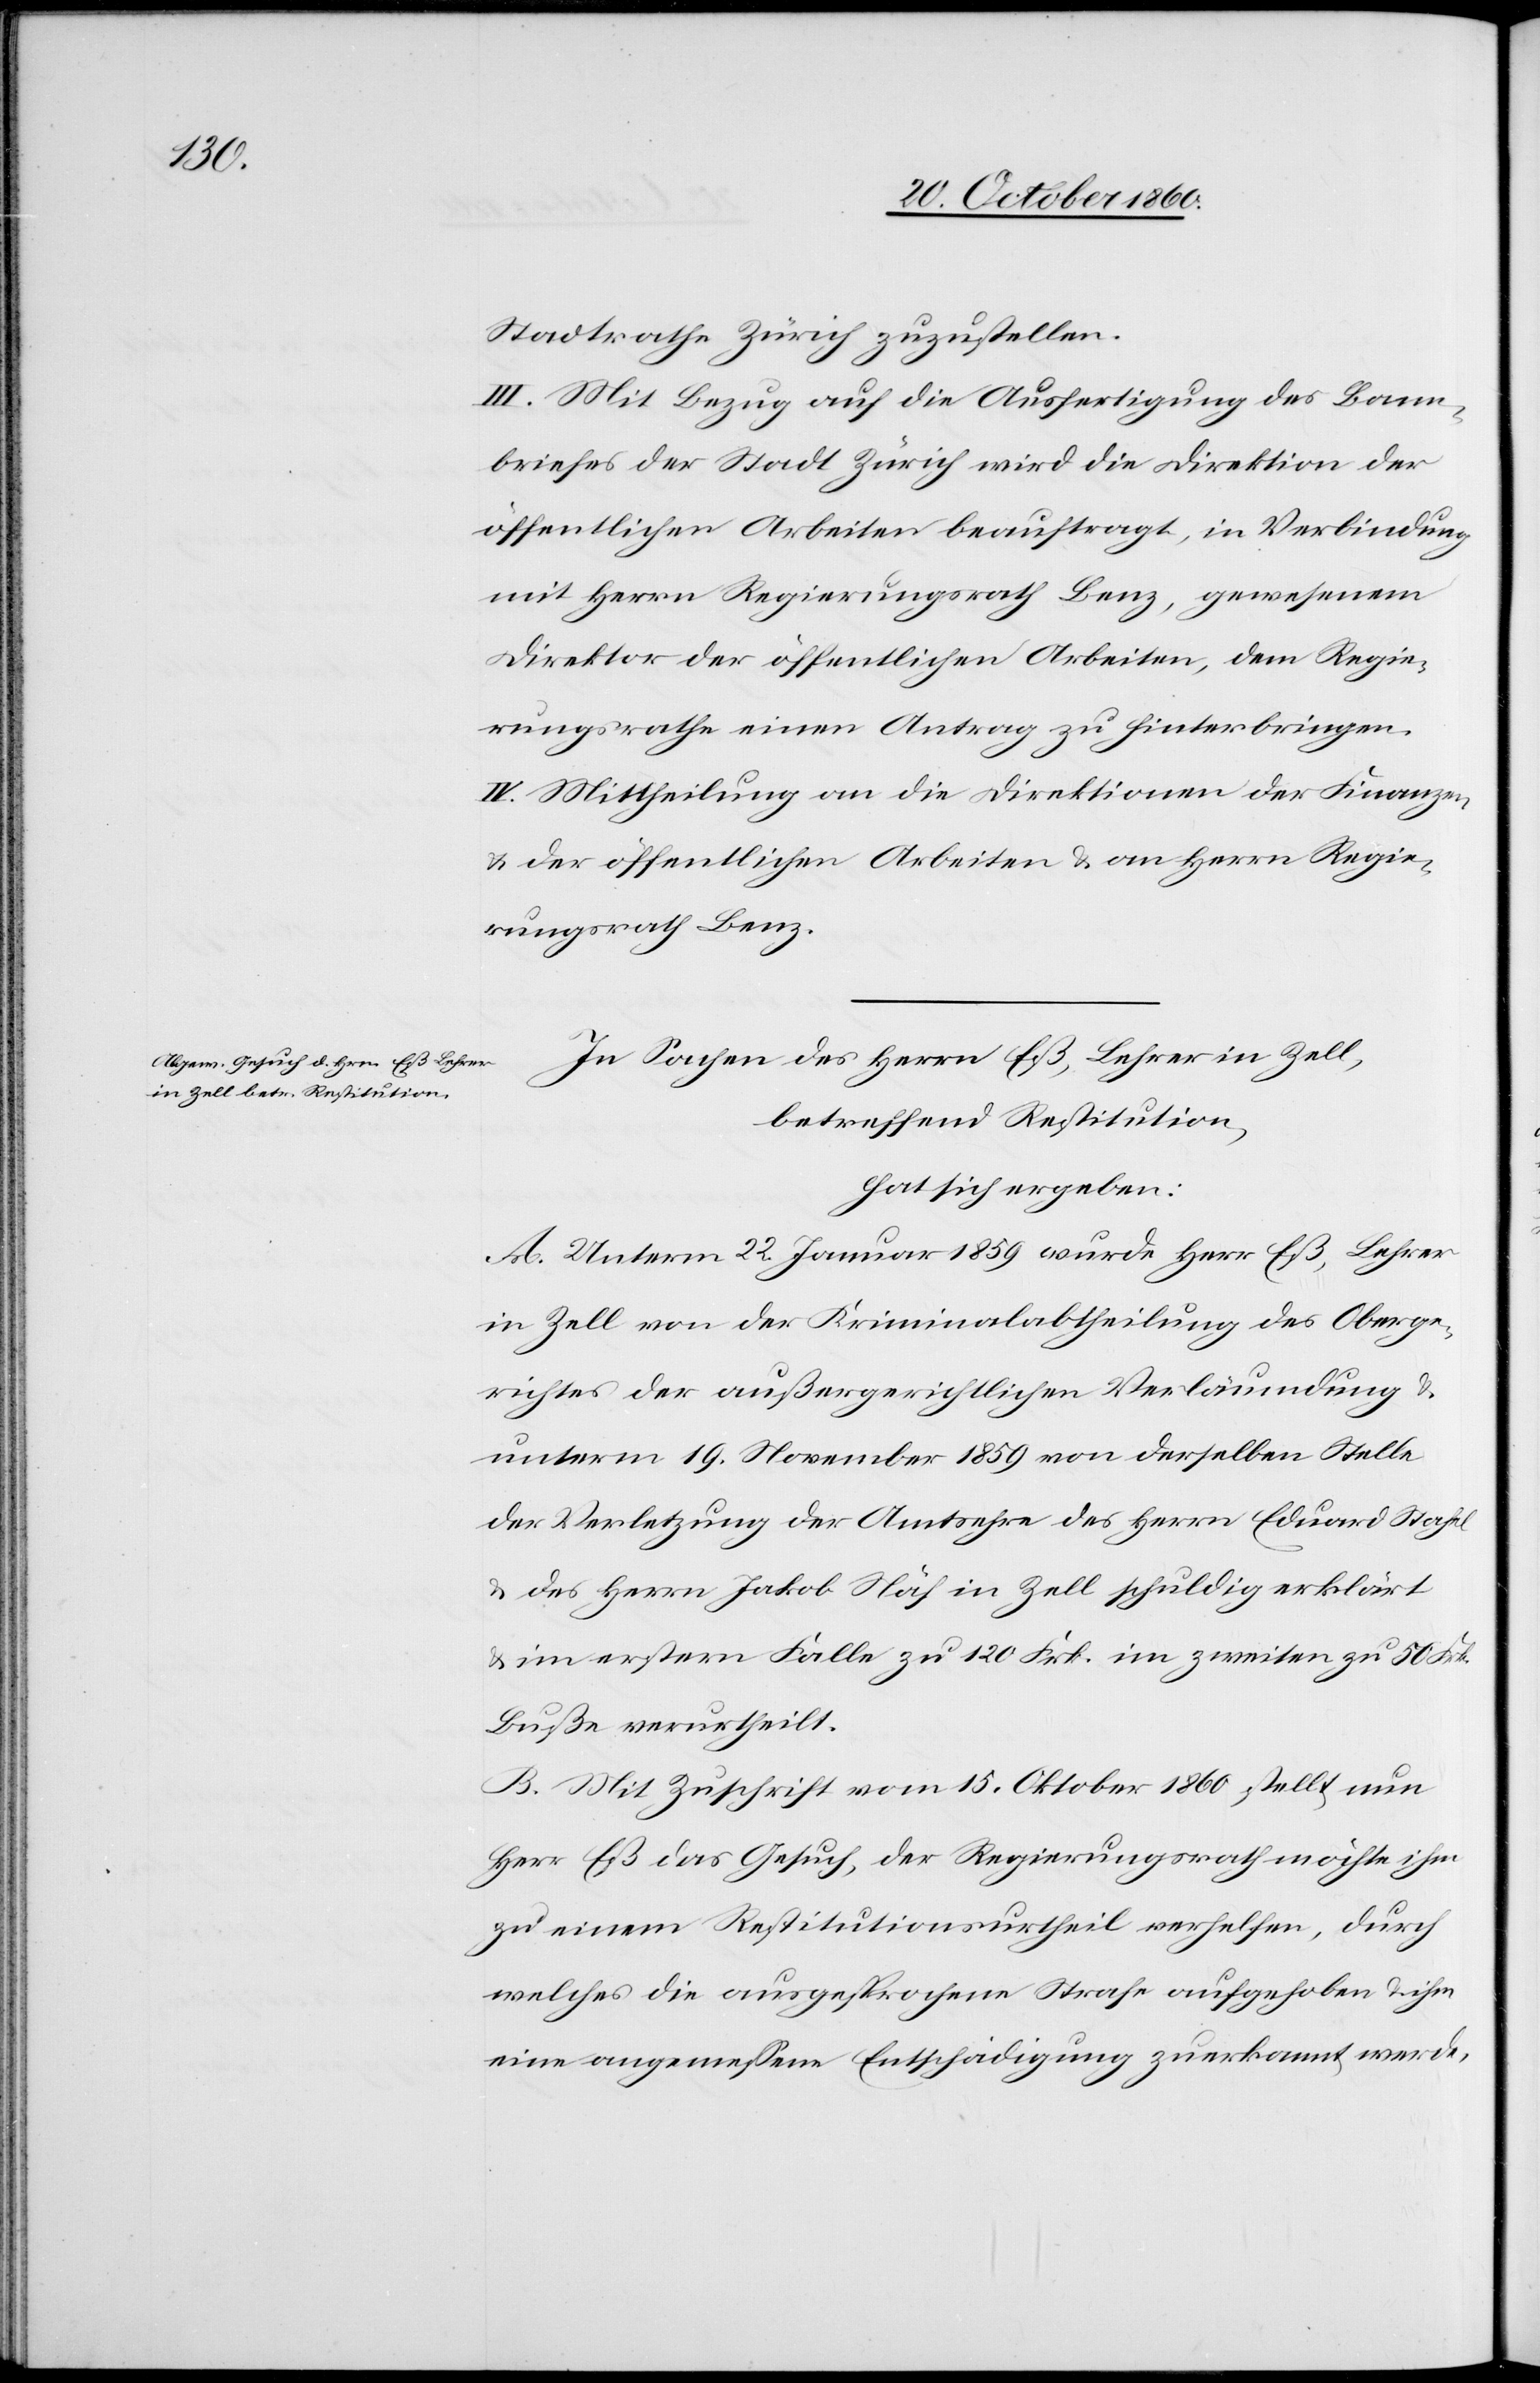
Stadtrathe Zürich zuzustellen.
III. Mit Bezug auf die Ausfertigung des Bann¬
briefes der Stadt Zürich wird die Direktion der
öffentlichen Arbeiten beauftragt, in Verbindung
mit Herrn Regierungsrath Benz, gewesenem
Direktor der öffentlichen Arbeiten, dem Regie¬
rungsrathe einen Antrag zu hinterbringen.
IV. Mittheilung an die Direktion der Finanzen,
u. der öffentlichen Arbeiten u. an Herrn Regie¬
rungsrath Benz.
In Sachen des Herrn Eß, Lehrer in Zell,
betreffend Restitution,
hat sich ergeben:
A. Unterm 22. Januar 1859 wurde Herr Eß, Lehrer
in Zell von der Kriminalabtheilung des Oberge¬
richtes der außergerichtlichen Verläumdung u.
unterm 19. November 1859 von derselben Stelle
der Verletzung der Amtsehre des Herrn Eduard Stahel
u. des Herrn Jakob Näf in Zell schuldig erklärt
u. im erstern Falle zu 120 Frk. im zweiten zu 50 Frk.
Buße verurtheilt.
B. Mit Zuschrift vom 15. Oktober 1860 stellt nun
Herr Eß das Gesuch, der Regierungsrath möchte ihm
zu einem Restitutionsurtheil verhelfen, durch
welches die ausgesprochene Strafe aufgehoben u. ihm
eine angemessene Entschädigung zuerkannt werde.